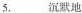
5. ___沉默地